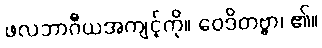
ဖလဘာဂီယအကျင့်ကို။ ဝေဒိတဗ္ဗာ၊ ၏။